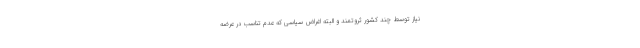
نیاز توسط چند کشور ثروتمند و البته اغراض سیاسی که عدم تناسب در عرضه